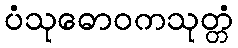
ပံသုဓောဝကသုတ္တံ